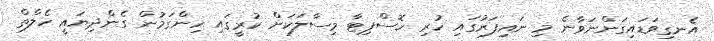
އެނގިވަޑައިގަންނަވާނެ މި ނައިފަރުގައި ހުރި ހޮސްޕިޓާ މިސާލަކަށް ކުރީގައި ހިންގަމުން ގެންދިޔައީ ހެލްތް